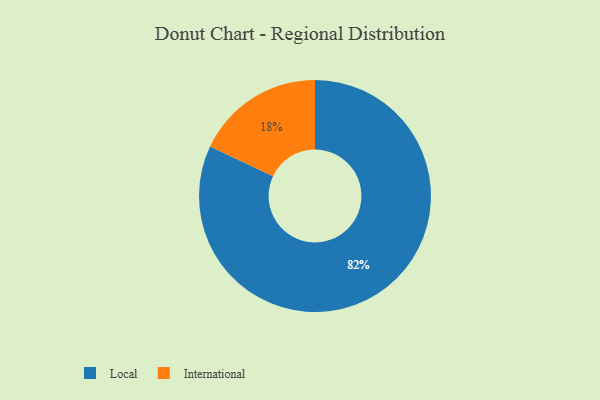
{"axis": {"x": "Category", "y": "Percentage"}, "legend": ["International", "Local"], "data": [{"x": "Local", "y": 82, "type": "Local"}, {"x": "International", "y": 18, "type": "International"}]}